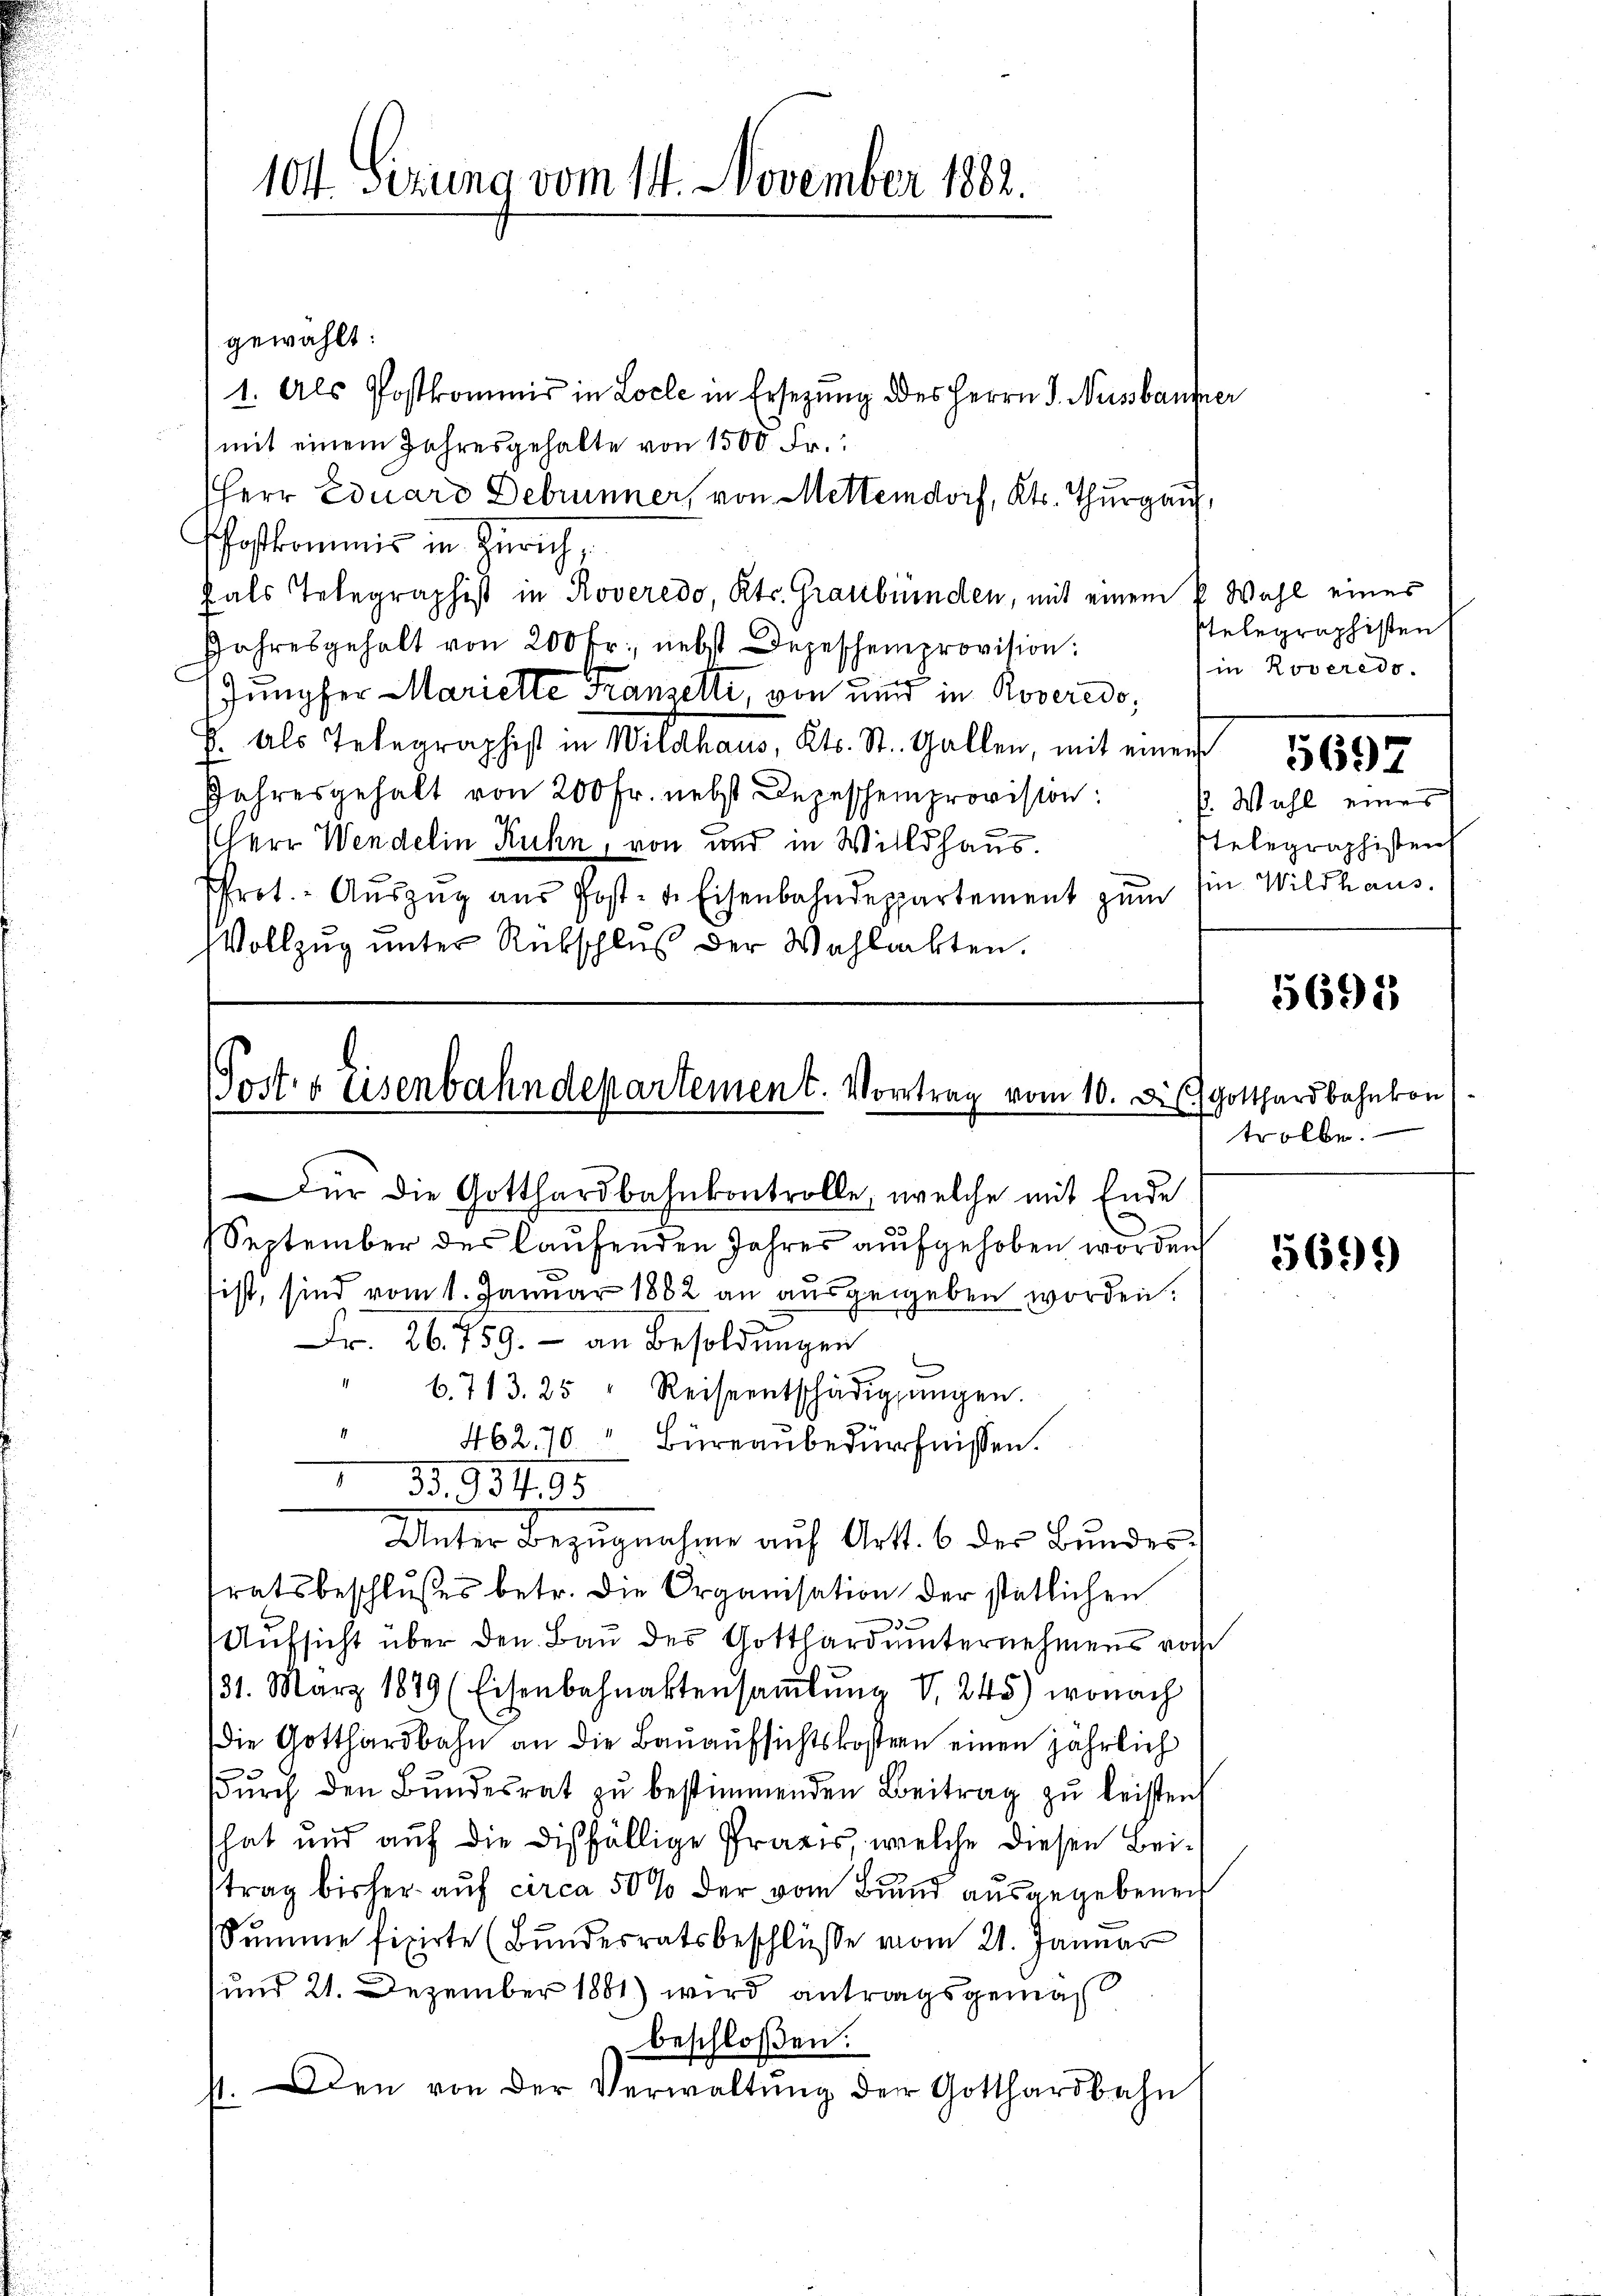
104. Sizung vom 14. November 1882.

gewählt:
1. Als Postkommis in Loche in Ersezung des Herrn J. Nussbaufne
mit einem Jahresgehalte von 1500 Fr.
Herr Eduard Debrunner, von Mettendorf, Kts. Thurgau,
foskommis in Zürich,
fals Telegraphist in Roveredo, Kts. Graubünden, mit einem k. Wahl eines
Jahresgehalt von 200 fr. nebst Depeschenprovision:
Jungfer Marielle Franzelli, von und in Roveredo,
H. Als Telegraphist in Wildhaus, Kts. St. Gallen, mit einen
Jahresgehalt von 200 Fr. nebst Depeschenprovision:
Herr Wendelin Kuhn, von und in Willdhaus.
frot. Aŭszŭg aŭs Post- u. Eisenbahndeppartement zŭm im Wildhaus.
Vollzug unter Rückschluß der Wahlachten.

Post- & Eisenbahndepartement. Vortrag vom 10. Diess Gotthardbahnkon

Für die Gotthardbahnkontrolle, welche mit Ende
September des laufenden Jahres aufgehoben worden
ist, sind vom 1. Januar 1882 an ausgegeben worden.
Fr. 26. 759. - an Besoldungen
6. 713. 25 " Reiseentschädigungen.
462,70 " Büreaubedürfnissen.
 934, 95
Unter Bezŭgnahme auf Art. 6 des Bŭndes
tratsbeschlŭsses betr. die Organisation der statlichen
Aufsicht über den Bau des Gotthard unternehmens von
31. März 1879 (Eisenbahnaktersaṁlŭng v. 245) wonach
die Gotthardbahn an die Bauaufsichtskostern einen jährlich
ŭrch den Bŭndesrat zŭ bestimmenden Beitrag zŭ leisten
hat und auf die dißfällige Praxis, welche diesen Beitrag bisher auf circa 50% der vom Bund ausgegebenen
Sŭmme fixirte (Bŭndesratsbeschlüsse vom 21. Januar
und 21. Dezember 1881) wird antragsgemac
beschloßen:
den von der Verwaltung der Gotthardbahn
f.

stelegraphisten
in Roveredo.
5697
p. Wahl eines
stelegraphisten

e

5692)

trolle.

5699)